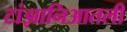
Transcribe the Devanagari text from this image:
टांझानिआतली